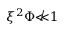
\xi ^ { 2 } \Phi \not \ll 1